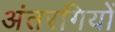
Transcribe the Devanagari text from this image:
अंतरगियों